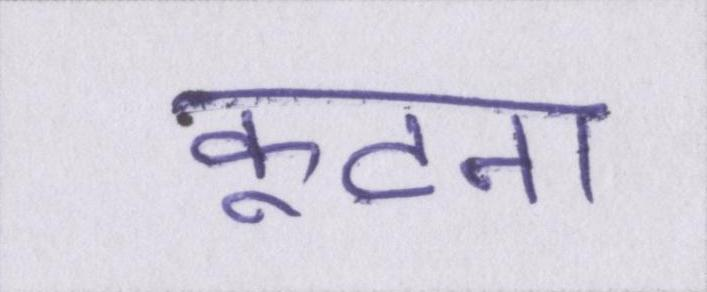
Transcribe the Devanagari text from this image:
कूटना